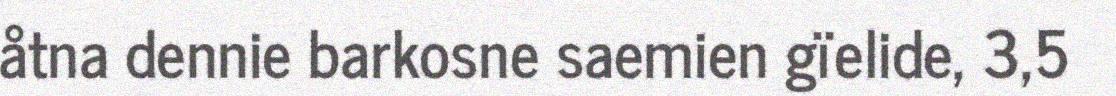
åtna dennie barkosne saemien gïelide, 3,5